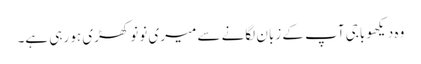
وہ دیکھو باجی آپ کے زبان لگانے سے میری نونو کھڑی ہو رہی ہے۔